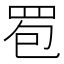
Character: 䍖